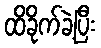
ထိခိုက်ခဲ့ပြီး